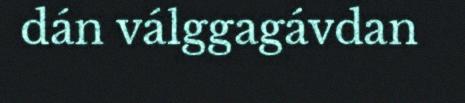
dán válggagávdan